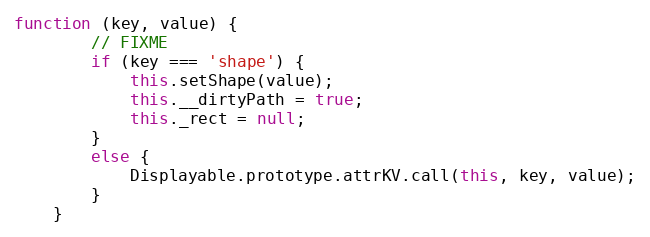
Language: JavaScript
function (key, value) {
        // FIXME
        if (key === 'shape') {
            this.setShape(value);
            this.__dirtyPath = true;
            this._rect = null;
        }
        else {
            Displayable.prototype.attrKV.call(this, key, value);
        }
    }